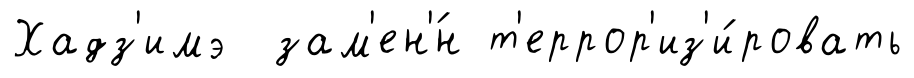
Хадз'имэ зам'ен'́н т'еррор'из'и́ровать